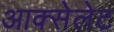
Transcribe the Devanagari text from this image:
आक्सेलेट